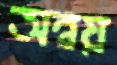
অন্বয়